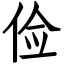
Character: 俭